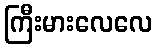
ကြီးမားလေလေ